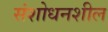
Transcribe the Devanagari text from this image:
संशोधनशील